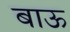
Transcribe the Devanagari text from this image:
बाऊ